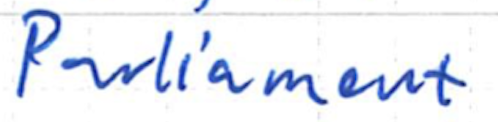
Text: Parliament
Cross-out: clean
Writing tool: ballpoint